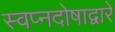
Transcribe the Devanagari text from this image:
स्वप्नदोषाद्वारे